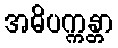
အဓိပက္ကန္တာ